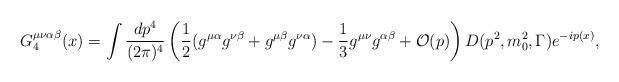
LaTeX: \begin{align*}G_4^{\mu\nu\alpha\beta}(x)=\int {dp^4\over (2\pi)^4} \left ( {1\over2}(g^{\mu\alpha}g^{\nu\beta} + g^{\mu\beta}g^{\nu\alpha}) - {1\over3}g^{\mu\nu}g^{\alpha\beta}+{\cal O}(p) \right )D(p^2,m_0^2, \Gamma)e^{-ip(x)},\end{align*}